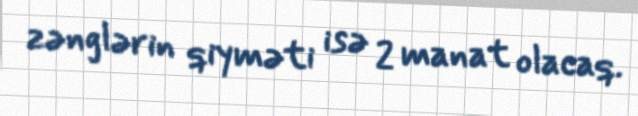
zənglərin qiyməti isə 2 manat olacaq.